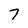
Character: 7